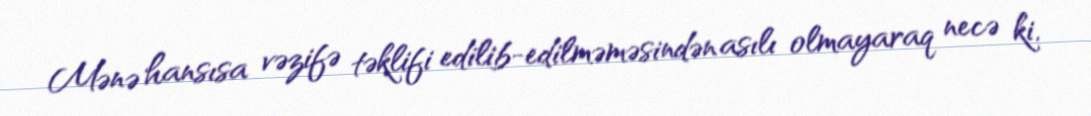
Mənə hansısa vəzifə təklifi edilib-edilməməsindən asılı olmayaraq necə ki,